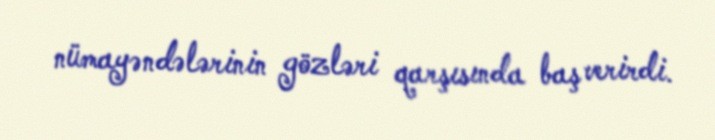
nümayəndələrinin gözləri qarşısında baş verirdi.